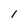
Character: 1